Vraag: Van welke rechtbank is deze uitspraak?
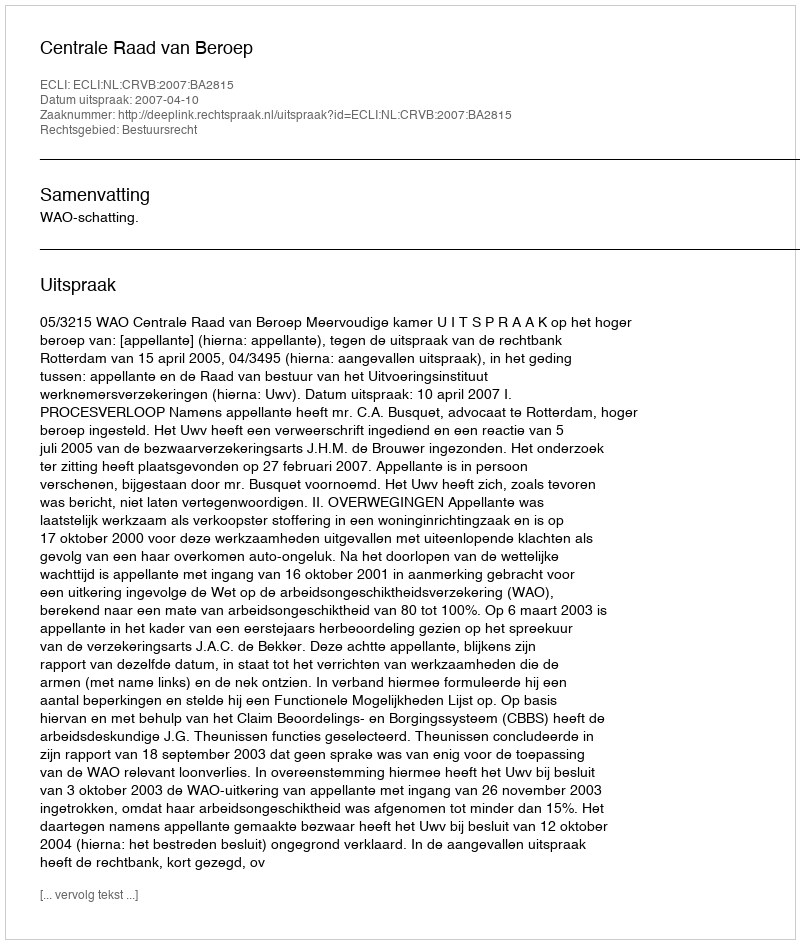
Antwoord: Centrale Raad van Beroep